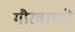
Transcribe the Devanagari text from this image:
गौरवायचे